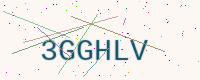
Text: 3GGHLV